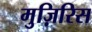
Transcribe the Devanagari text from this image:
मुज़िरिस